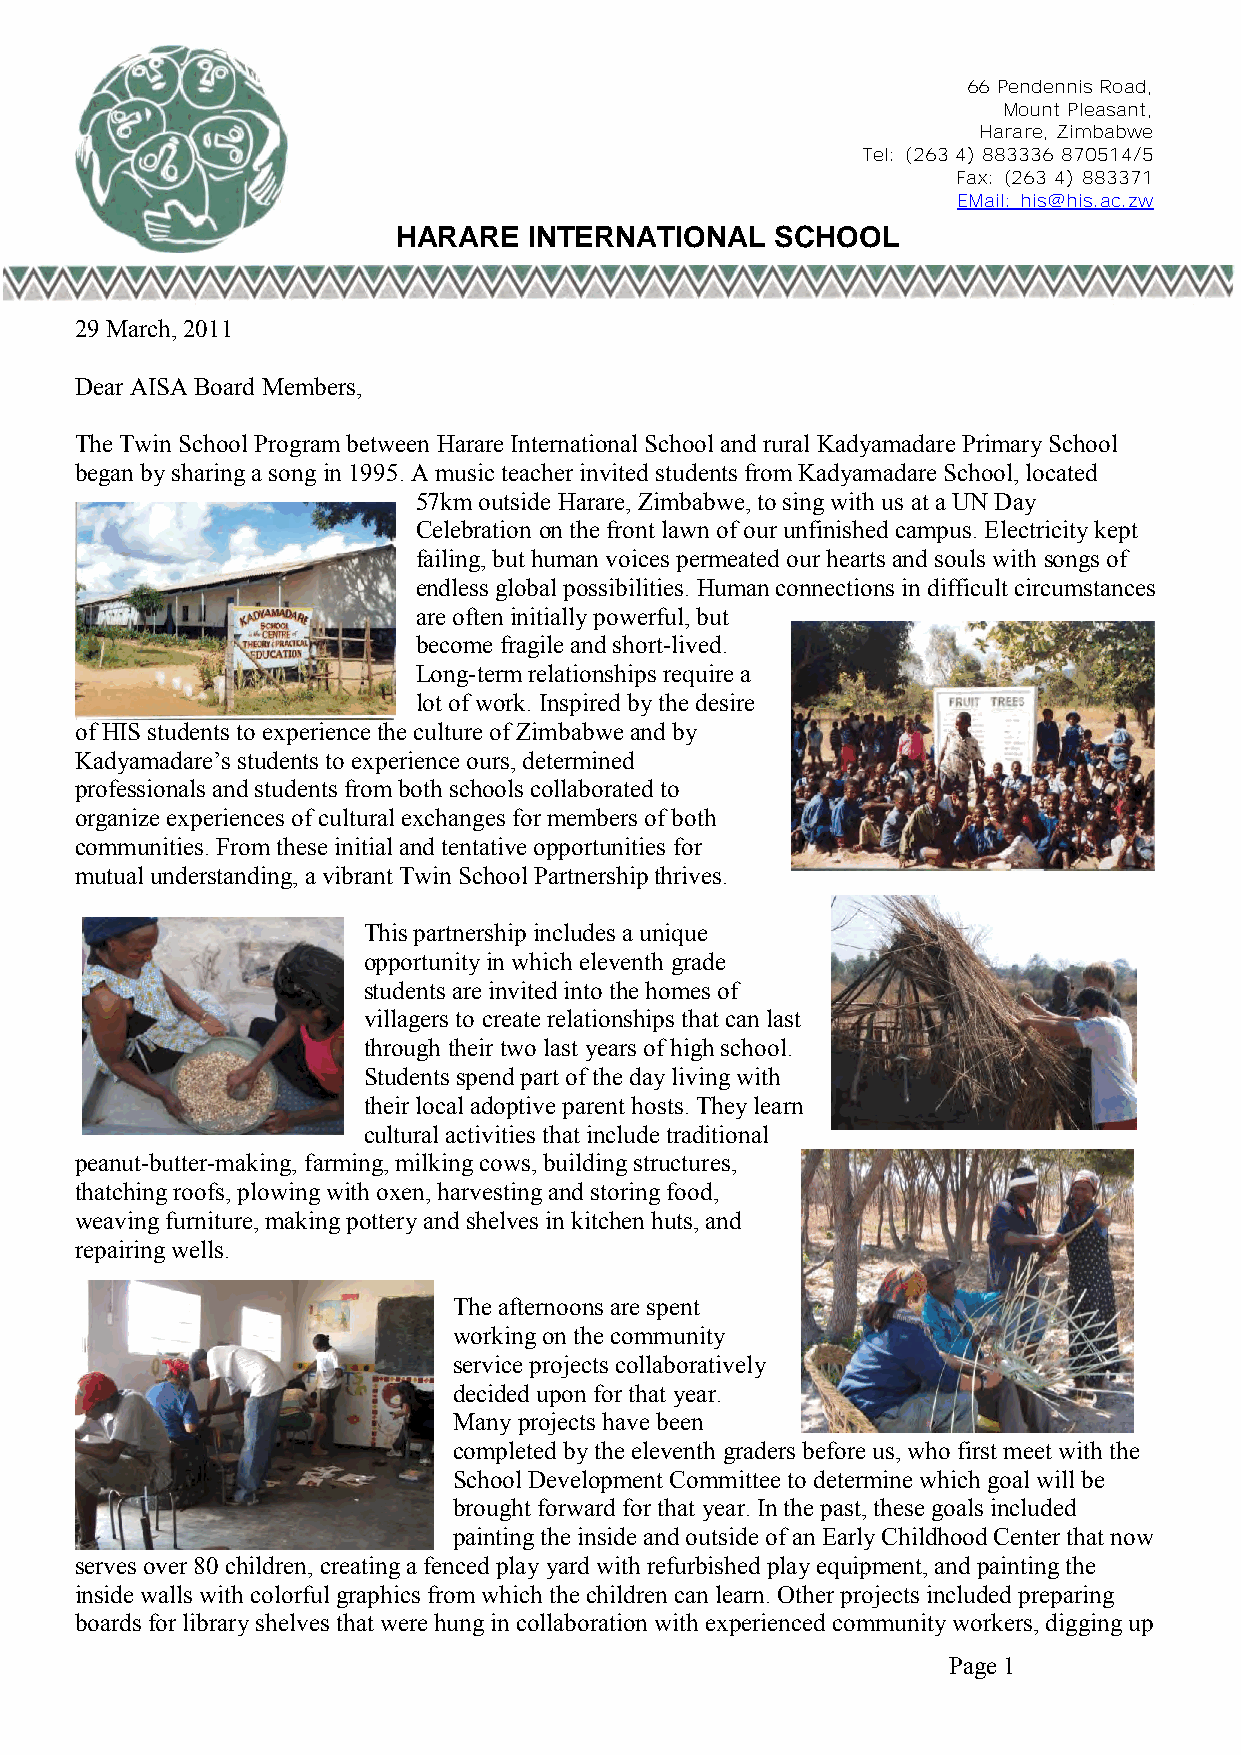
66 Pendennis Road,
 Mount Pleasant,
 Harare, Zimbabwe
 Tel: (263 4) 883336 870514/5
 Fax: (263 4) 883371
 EMail: his@his.ac.zw
 HARARE   INTERNATIONAL   SCHOOL
 29 March, 2011
 Dear AISA Board Members,
 The Twin School Program between Harare International School and rural Kadyamadare Primary School
 began by sharing a song in 1995. A music teacher invited students from Kadyamadare School, located
 57km outside Harare, Zimbabwe, to sing with us at a UN Day
 Celebration on the front lawn of our unfinished campus. Electricity kept
 failing, but human voices permeated our hearts and souls with songs of
 endless global possibilities. Human connections in difficult circumstances
 are often initially powerful, but
 become fragile and short-lived.
 Long-term relationships require a
 lot of work. Inspired by the desire
 of HIS students to experience the culture of Zimbabwe and by
 Kadyamadare’s students to experience ours, determined
 professionals and students from both schools collaborated to
 organize experiences of cultural exchanges for members of both
 communities. From these initial and tentative opportunities for
 mutual understanding, a vibrant Twin School Partnership thrives.
 This partnership includes a unique
 opportunity in which eleventh grade
 students are invited into the homes of
 villagers to create relationships that can last
 through their two last years of high school.
 Students spend part of the day living with
 their local adoptive parent hosts. They learn
 cultural activities that include traditional
 peanut-butter-making, farming, milking cows, building structures,
 thatching roofs, plowing with oxen, harvesting and storing food,
 weaving furniture, making pottery and shelves in kitchen huts, and
 repairing wells.
 The afternoons are spent
 working on the community
 service projects collaboratively
 decided upon for that year.
 Many projects have been
 completed by the eleventh graders before us, who first meet with the
 School Development Committee to determine which goal will be
 brought forward for that year. In the past, these goals included
 painting the inside and outside of an Early Childhood Center that now
 serves over 80 children, creating a fenced play yard with refurbished play equipment, and painting the
 inside walls with colorful graphics from which the children can learn. Other projects included preparing
 boards for library shelves that were hung in collaboration with experienced community workers, digging up
 Page 1